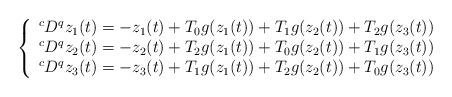
LaTeX: \begin{align*} \left\{\begin{array}{l}^cD^qz_1(t)=-z_1(t)+T_0g(z_1(t))+T_1g(z_2(t))+T_2g(z_3(t)) \\^cD^qz_2(t)=-z_2(t)+T_2g(z_{1}(t))+T_0g(z_2(t))+T_1g(z_{3}(t)) \\^cD^qz_3(t)=-z_3(t)+T_1g(z_1(t))+T_2g(z_{2}(t))+T_0g(z_3(t))\end{array}\right.\end{align*}